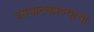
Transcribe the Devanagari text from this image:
आयातकरण्याचा